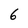
Character: 6